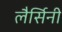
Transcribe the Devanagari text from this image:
लैर्सिनी